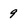
Character: 9